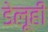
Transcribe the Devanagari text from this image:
डेलूही